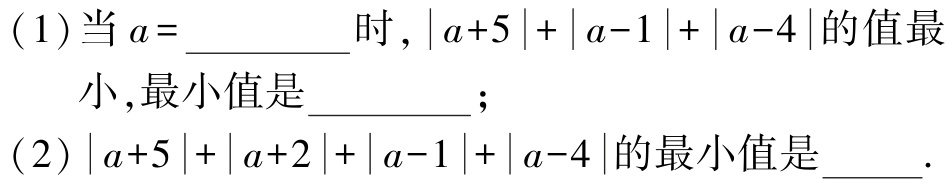
(1)当\(a = \_\_\_\_\_\_\)时，\(\vert a + 5\vert+\vert a - 1\vert+\vert a - 4\vert\)的值最小，最小值是\_\_\_\_\_\_；

(2)\(\vert a + 5\vert+\vert a + 2\vert+\vert a - 1\vert+\vert a - 4\vert\)的最小值是\_\_\_  .